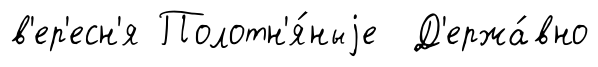
в'ер'есн'я Полотн'я́ныjе Д'ержа́вно